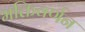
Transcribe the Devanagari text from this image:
भक्तिवर्णन